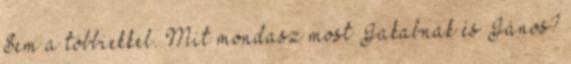
Sem a többiekkel. Mit mondasz most Jakabnak és János?